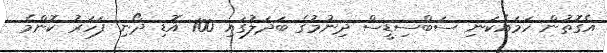
އެގޮތުން ހަމައެކަނި ސަބްސިޑީސް ދިނުމުގެ ބަދަލުގައި 100 އޮޑި ދޯނި ފަހަރު ކޮންމެ